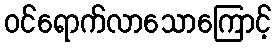
ဝင်ရောက်လာသောကြောင့်